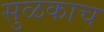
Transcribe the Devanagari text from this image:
सुळकाच